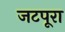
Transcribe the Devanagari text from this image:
जटपूरा